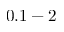
0 . 1 - 2